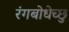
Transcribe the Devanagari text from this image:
रंगबोधेच्छु